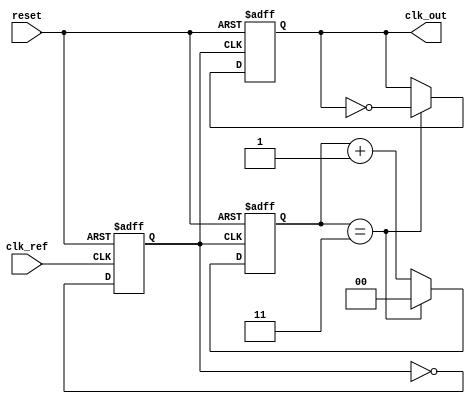
module PLL (
    input wire clk_ref,          // Reference clock input
    input wire reset,            // Reset signal
    output reg clk_out           // Output clock
);

// Parameters
parameter DIV_FACTOR = 4;      // Frequency divider factor
parameter VCO_MAX_FREQ = 100;   // Maximum VCO frequency
parameter VCO_MIN_FREQ = 10;    // Minimum VCO frequency

// Internal Signals
reg [7:0] phase_error;          // Phase error signal from PD
reg [7:0] control_voltage;       // Control voltage for VCO
reg vco_clk;                    // VCO output clock
reg [1:0] divider_count;         // Divider counter
reg [7:0] vco_frequency;         // VCO frequency

// Phase Detector (PD)
always @(posedge clk_ref or posedge reset) begin
    if (reset) begin
        phase_error <= 8'd0;
    end else begin
        // Simple phase error detection logic
        // This is a placeholder for actual phase comparison logic
        phase_error <= (vco_clk == 1'b1) ? 8'd1 : 8'd0; // Example logic
    end
end

// Low-Pass Filter (LPF)
always @(posedge clk_ref or posedge reset) begin
    if (reset) begin
        control_voltage <= 8'd0;
    end else begin
        // Simple LPF implementation (RC filter)
        control_voltage <= control_voltage + (phase_error >> 1); // Smoothing
    end
end

// Voltage-Controlled Oscillator (VCO)
always @(posedge clk_ref or posedge reset) begin
    if (reset) begin
        vco_frequency <= VCO_MIN_FREQ;
        vco_clk <= 1'b0;
    end else begin
        // Update VCO frequency based on control voltage
        if (control_voltage > 8'd128) begin
            vco_frequency <= VCO_MAX_FREQ; // Max frequency
        end else if (control_voltage < 8'd64) begin
            vco_frequency <= VCO_MIN_FREQ; // Min frequency
        end else begin
            vco_frequency <= (control_voltage * (VCO_MAX_FREQ - VCO_MIN_FREQ) / 255) + VCO_MIN_FREQ; // Linear mapping
        end
        
        // Generate VCO clock based on frequency
        // This is a simplified clock generation logic
        vco_clk <= ~vco_clk; // Toggle VCO clock for demonstration
    end
end

// Frequency Divider
always @(posedge vco_clk or posedge reset) begin
    if (reset) begin
        divider_count <= 2'b00;
        clk_out <= 1'b0;
    end else begin
        if (divider_count == DIV_FACTOR - 1) begin
            clk_out <= ~clk_out; // Toggle output clock
            divider_count <= 2'b00; // Reset counter
        end else begin
            divider_count <= divider_count + 1'b1; // Increment counter
        end
    end
end

endmodule